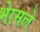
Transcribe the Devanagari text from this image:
भेासले